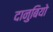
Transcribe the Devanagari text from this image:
दानुबियो